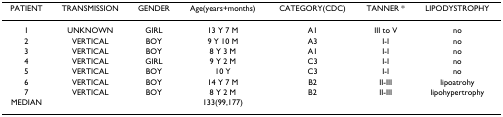
| PATIENT | TRANSMISSION | GENDER | Age(years+months) | CATEGORY(CDC) | TANNER * | LIPODYSTROPHY |
 | --- | --- | --- | --- | --- | --- | --- |
 | 1 | UNKNOWN | GIRL | 13 Y 7 M | A1 | III to V | no |
 | 2 | VERTICAL | BOY | 9 Y 10 M | A3 | I-I | no |
 | 3 | VERTICAL | BOY | 8 Y 3 M | A1 | I-I | no |
 | 4 | VERTICAL | GIRL | 9 Y 2 M | C3 | I-I | no |
 | 5 | VERTICAL | BOY | 10 Y | C3 | I-I | no |
 | 6 | VERTICAL | BOY | 14 Y 7 M | B2 | II-III | lipoatrohy |
 | 7 | VERTICAL | BOY | 8 Y 2 M | B2 | II-III | lipohypertrophy |
 | MEDIAN |  |  | 133(99,177) |  |  |  |